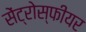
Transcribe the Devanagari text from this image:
सेंट्रोस्फीयर